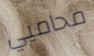
محاميي